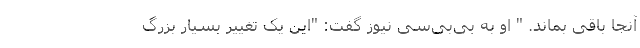
آنجا باقی بماند. " او به بی‌بی‌سی نیوز گفت: "این یک تغییر بسیار بزرگ